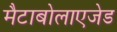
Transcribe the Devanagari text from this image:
मैटाबोलाएजेड